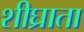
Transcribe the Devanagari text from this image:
शीघ्राता